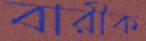
বারীক